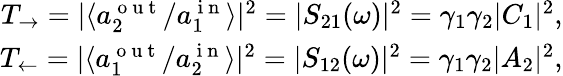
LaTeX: \begin{array}{r}{T_{\rightarrow}=|\langle a_{2}^{\mathrm{~o~u~t~}}/a_{1}^{\mathrm{~i~n~}}\rangle|^{2}=|S_{21}(\omega)|^{2}=\gamma_{1}\gamma_{2}|C_{1}|^{2},}\\ {T_{\leftarrow}=|\langle a_{1}^{\mathrm{~o~u~t~}}/a_{2}^{\mathrm{~i~n~}}\rangle|^{2}=|S_{12}(\omega)|^{2}=\gamma_{1}\gamma_{2}|A_{2}|^{2},}\end{array}